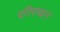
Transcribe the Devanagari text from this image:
परिस्थान